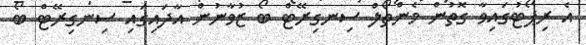
އެ ރިޕޯޓުގައިވާ ގޮތުން މެންތޯލް ސިނގިރޭޓް ބޯ ޒުވާނުން އާދައިގައި ސިނގިރޭޓް ބޯ